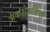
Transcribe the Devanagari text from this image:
अकशेरुकियों